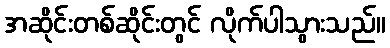
အဆိုင်းတစ်ဆိုင်းတွင် လိုက်ပါသွားသည်။